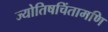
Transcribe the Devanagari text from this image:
ज्योतिषचिंतामणि